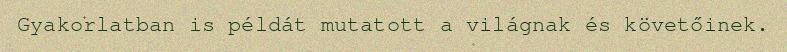
Gyakorlatban is példát mutatott a világnak és követőinek.